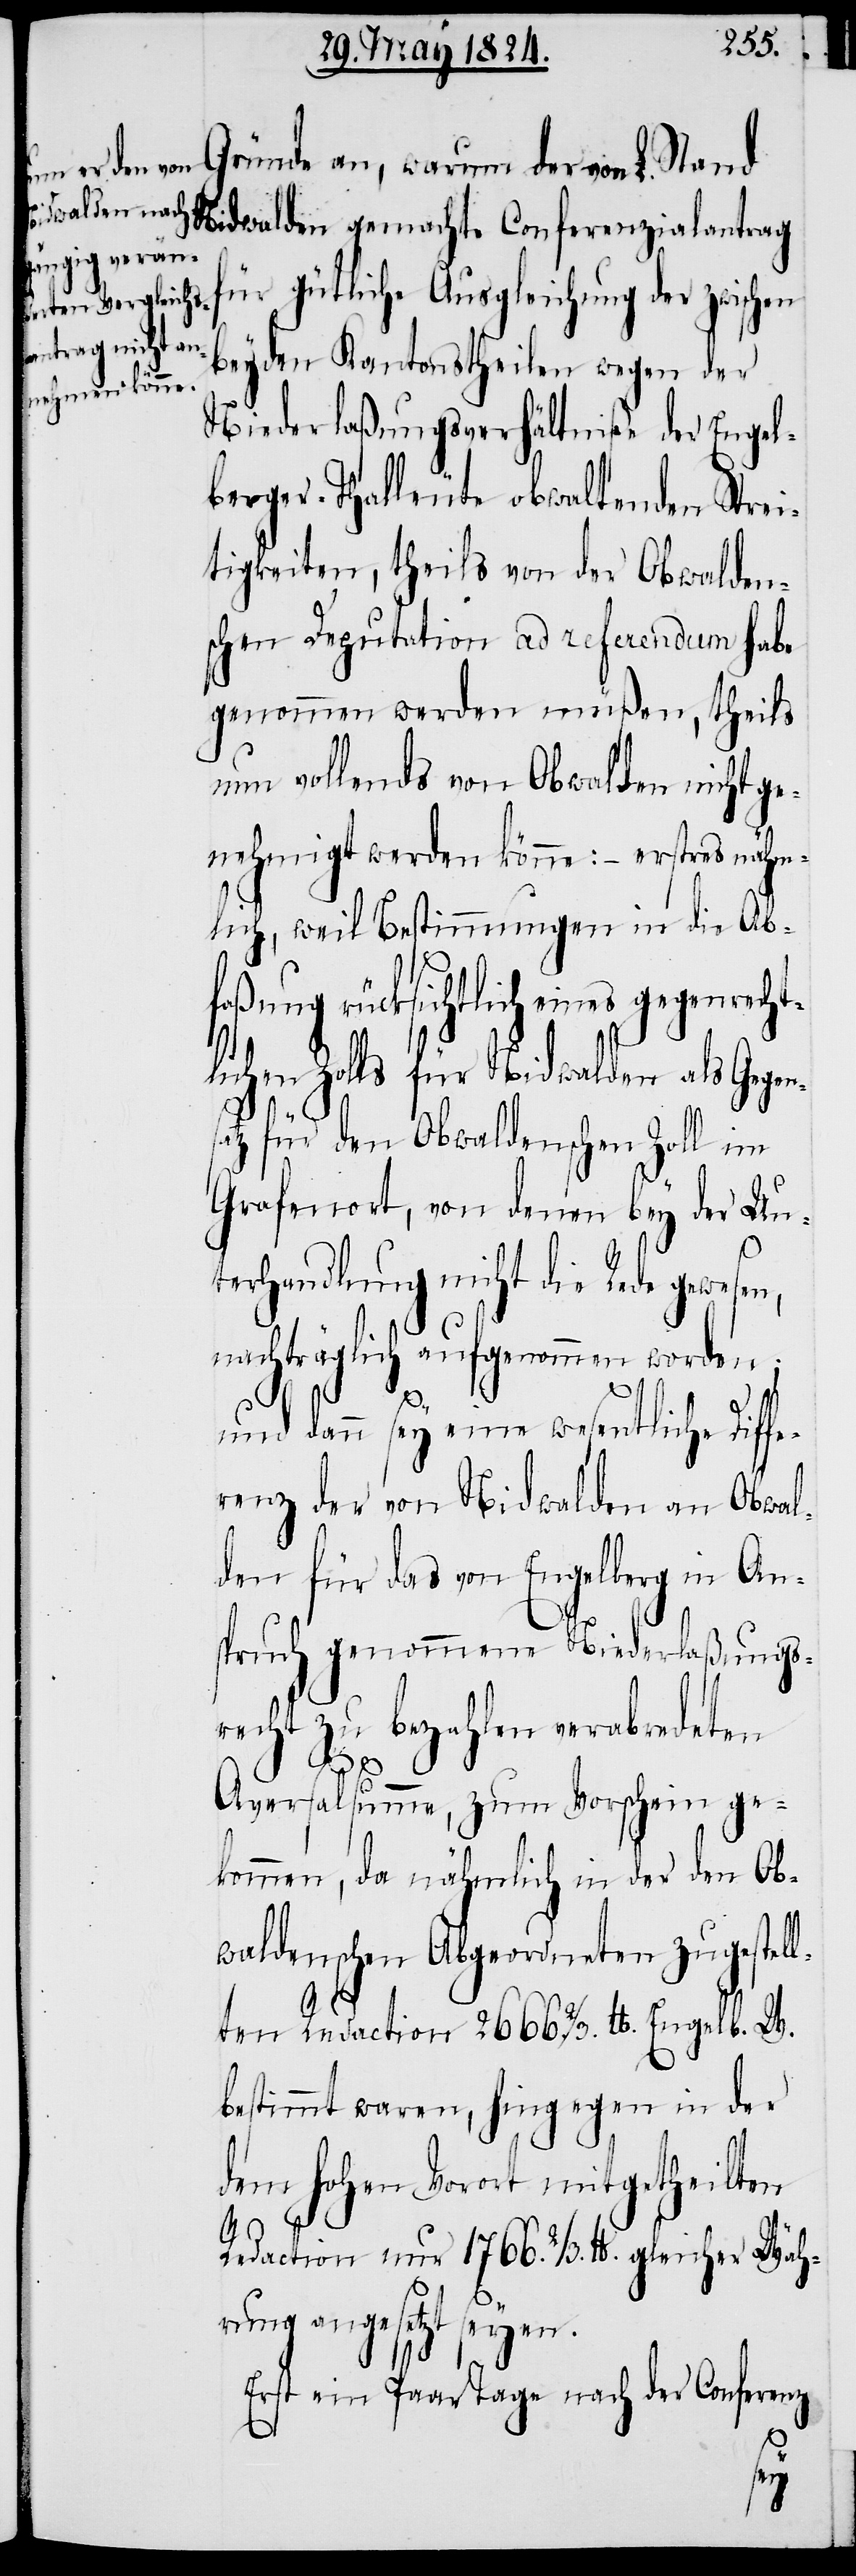
Nidwalden gemachte Conferenzialantrag
für gütliche Ausgleichung der zwischen
beyden Kantonstheilen wegen der
Niederlaßungsverhältniße der Engel¬
berger-Thalleute obwaltenden Strei¬
tigkeiten, theils von der Obwald¬
schen Deputation ad referendum habe
genommen werden müßen, theils
nun vollends von Obwalden nicht ge¬
nehmigt werden könne; – erstres nähm¬
lich, weil Bestimmungen in die Ab¬
faßung rücksichtlich eines gegenrecht¬
lichen Zolls für Nidwalden als Gegen¬
satz für den Obwaldschen Zoll im
Grafenort, von denen bey der Un¬
terhandlung nicht die Rede gewesen,
nachträglich aufgenommen worden;
und dann sey eine wesentliche Diff¬
erenz der von Nidwalden an Obwal¬
den für das von Engelberg in An¬
spruch genommene Niederlaßungs¬
recht zu bezahlen verabredeten
Aversalsumme, zum Vorschein ge¬
kommen, da nähmlich in der den Ob¬
waldensche Abgeordneten zugestell¬
L.
ten Redaction 2666 2/3. lb. Engelb. W.
bestimmt waren, hingegen in der
dem hohen Vorort mitgetheilten
Redaction nur 1766. 2/3. lb. gleicher Wäh¬
rung angesetzt seyen.
Erst ein Paar Tage nach der Conferenz